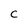
Character: C